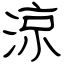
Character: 涼